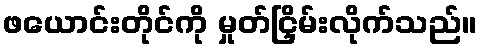
ဖယောင်းတိုင်ကို မှုတ်ငြှိမ်းလိုက်သည်။